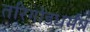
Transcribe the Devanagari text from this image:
तरिगोंडधर्मंन्न